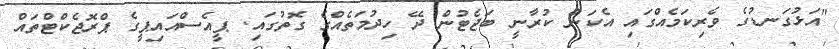
"އަޅުގަނޑުގެ ވެރިކަމެއްގައި އެކަން ކުރާނީ ބަޖެޓުން ދޭ ހިދުމަތެއްގެ ގޮތުގައި